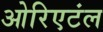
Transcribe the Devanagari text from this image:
ओरिएटंल